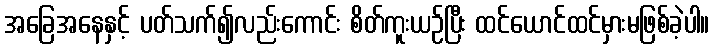
အခြေအနေနှင့် ပတ်သက်၍လည်းကောင်း စိတ်ကူးယဉ်ပြီး ထင်ယောင်ထင်မှားမဖြစ်ခဲ့ပါ။